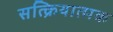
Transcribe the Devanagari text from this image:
सत्क्रियात्मक